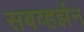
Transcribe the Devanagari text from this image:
सबव्हर्झन